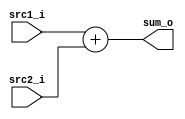
//Subject:     CO project 2 - Adder
//--------------------------------------------------------------------------------
//Version:     1
//--------------------------------------------------------------------------------
//Writer:       0340249
//----------------------------------------------
//----------------------------------------------
//Description: 
//--------------------------------------------------------------------------------

module Adder(
    	src1_i,
	src2_i,
	sum_o
);
     
//I/O ports
input  [32-1:0]  src1_i;
input  [32-1:0]	 src2_i;
output [32-1:0]	 sum_o;

//Internal Signals
wire    [32-1:0]	 sum_o;

//Parameter
    
//Main function
assign sum_o = $signed(src1_i) + $signed(src2_i);

endmodule

/*
module stimulus;

reg[32-1: 0] in1;
reg[32-1: 0] in2;
wire[32-1: 0] out;

Adder add(in1, in2, out);

initial
begin
	in1 = 31;
	in2 = -32;
	#1 $display("%b %b", in2, out);
	

	in2 = 1;
	#1 $display("%b %b", in2, out);
end

endmodule
*/